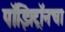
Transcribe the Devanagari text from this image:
पॉझिट्रॉनचा